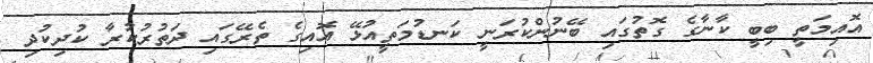
އޮއިމަތީ ބިބީ ކާނާގެ ގޮތުގައި ބޭނުންކުރަނީ ކަނޑުމަތީއުޅޭ އޮއިގެ ތެރޭގައި ދަތުރުކުރާ ކުދިކުދި